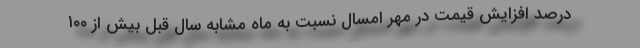
درصد افزایش قیمت در مهر امسال نسبت به ماه مشابه سال قبل بیش از ۱۰۰